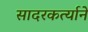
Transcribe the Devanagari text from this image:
सादरकर्त्याने